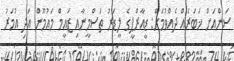
ސަންއަށް ޚަބަރެއް ދެއްވުމަށް: ޑީއާރްޕީގެ ލީޑަރު ތަސްމީނާއި ޒައީމް މައުމޫން އަދި އުމަރު